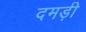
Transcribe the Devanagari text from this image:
दमड़ी